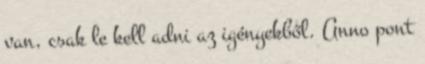
van, csak le kell adni az igényekből. Anno pont